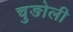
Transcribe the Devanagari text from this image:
चुङोली